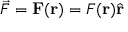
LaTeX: { \vec { F } } = \mathbf { F } ( \mathbf { r } ) = F ( \mathbf { r } ) { \hat { \mathbf { r } } }